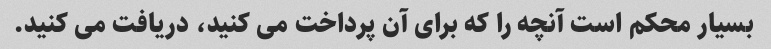
بسیار محکم است آنچه را که برای آن پرداخت می کنید، دریافت می کنید.